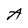
Character: A